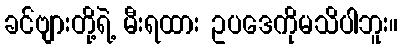
ခင်ဗျားတို့ရဲ့ မီးရထား ဥပဒေကိုမသိပါဘူး။